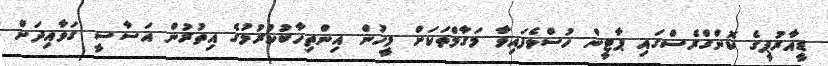
ޑީއާރުޕީގެ ކޮންގްރެސްގައި ޕާޓީން ހުސްވެފައިވާ މަގާމްތަކަށް މީހުން އިންތިހާބުކުރުމުގެ އިތުރުން އަސާސީ ގަވާއިދަށް